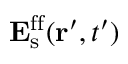
\mathbf { E } _ { \mathrm { s } } ^ { \mathrm { f f } } ( \mathbf { r } ^ { \prime } , t ^ { \prime } )